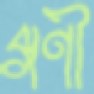
গণী